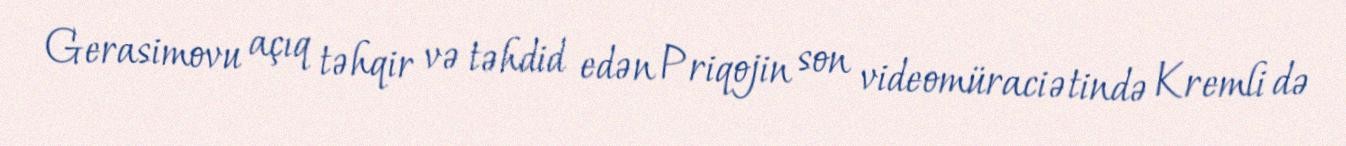
Gerasimovu açıq təhqir və təhdid edən Priqojin son videomüraciətində Kremli də